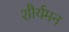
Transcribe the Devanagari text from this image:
शौर्यमन